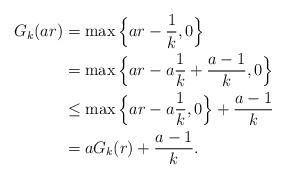
LaTeX: \begin{align*}G_k(ar) &= \max\Big\{ar-\frac{1}{k},0 \Big\} \\&= \max\Big\{ar-a\frac{1}{k} + \frac{a-1}{k},0 \Big\} \\&\leq \max\Big\{ar-a\frac{1}{k} ,0 \Big\} + \frac{a-1}{k}\\&= aG_k(r) + \frac{a-1}{k}.\end{align*}